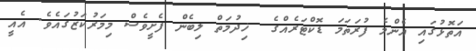
އަތޮޅުގައި އެންމެ ފުރަތަމަ ޑޮކްޓަރެއްގެ  ޚިދުމަތް ލިބެން ފެށީވެސް މިމަރުކަޒުގައެވެ. އެއީ